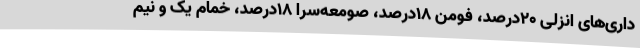
داری‌های انزلی ۲۰درصد، فومن ۱۸درصد، صومعه‌سرا ۱۸درصد، خمام یک و نیم